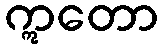
ဣတော